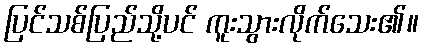
ပြင်သစ်ပြည်သို့ပင် ကူးသွားလိုက်သေး၏။